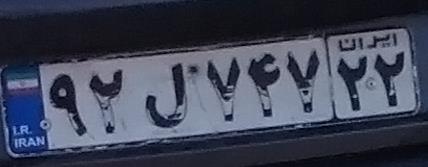
۹۲ل۷۴۷۲۲